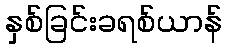
နှစ်ခြင်းခရစ်ယာန်